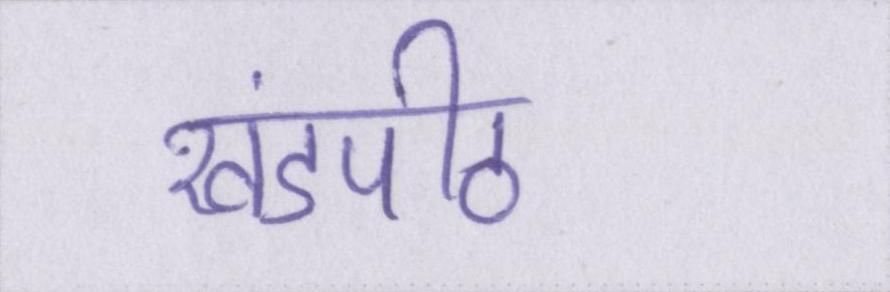
खंडपीठ